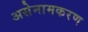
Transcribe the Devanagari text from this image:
असेनामकरण